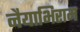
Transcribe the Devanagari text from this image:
नैयाभिराम